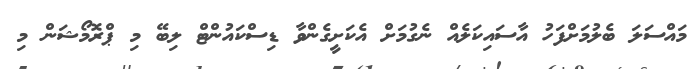
މައްސަލަ ބެލުމަށްފަހު އާސައިކަލެއް ނެގުމަށް އެކަށީގެންވާ ޑިސްކައުންޓް ލިބޭ މި ޕްރޮމޯޝަން މި